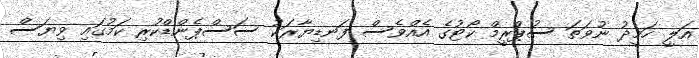
އަލީ ހަމީދު ނުވަތަ ސުޕްރީމް ކޯޓުގެ އެއްވެސް ފަނޑިޔާރަކު ސަސްޕެންޑްކުރި ކަމުގައި ވިޔަސް